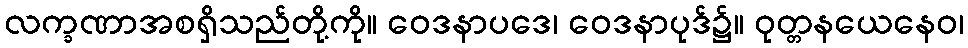
လက္ခဏာအစရှိသည်တို့ကို။ ဝေဒနာပဒေ၊ ဝေဒနာပုဒ်၌။ ဝုတ္တနယေနေဝ၊